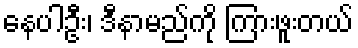
နေပါဦး၊ ဒီနာမည်ကို ကြားဖူးတယ်